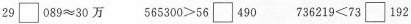
$$2 9 \Box 0 8 9≈3 0 万$$ $$5 6 5 3 0 0 >5 6 \Box 4 9 0$$ $$7 3 6 2 1 9 < 7 3 \Box1 9 2$$